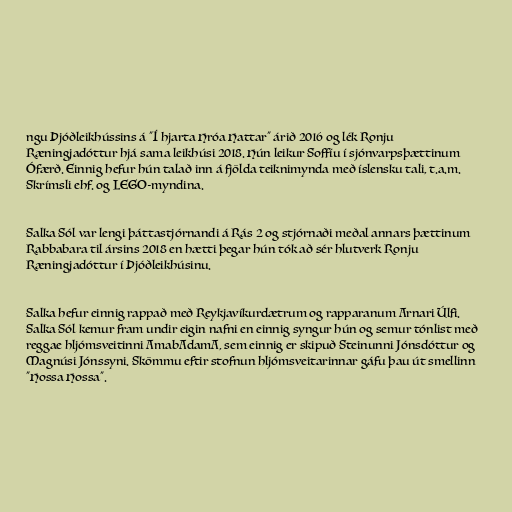
ngu Þjóðleikhússins á "Í hjarta Hróa Hattar" árið 2016 og lék Ronju
Ræningjadóttur hjá sama leikhúsi 2018. Hún leikur Soffíu í sjónvarpsþættinum
Ófærð. Einnig hefur hún talað inn á fjölda teiknimynda með íslensku tali, t.a.m.
Skrímsli ehf. og LEGO-myndina.

Salka Sól var lengi þáttastjórnandi á Rás 2 og stjórnaði meðal annars þættinum
Rabbabara til ársins 2018 en hætti þegar hún tók að sér hlutverk Ronju
Ræningjadóttur í Þjóðleikhúsinu.

Salka hefur einnig rappað með Reykjavíkurdætrum og rapparanum Arnari Úlfi.
Salka Sól kemur fram undir eigin nafni en einnig syngur hún og semur tónlist með
reggae hljómsveitinni AmabAdamA, sem einnig er skipuð Steinunni Jónsdóttur og
Magnúsi Jónssyni. Skömmu eftir stofnun hljómsveitarinnar gáfu þau út smellinn
"Hossa Hossa".